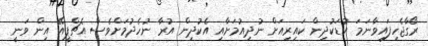
ރޯގާޖެހިފައިވާނަމަ ކުޑަކުދިން ކައިރިއަށް ނުދިއުމަށާއި އެކުދިން އުރާ ނުހެދުމަށްވެސް އެޗްޕީއޭ އިން ވަނީ